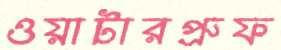
ওয়াটারপ্রুফ